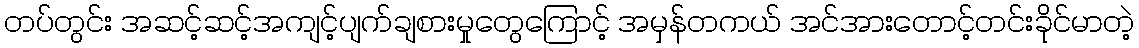
တပ်တွင်း အဆင့်ဆင့်အကျင့်ပျက်ချစားမှုတွေကြောင့် အမှန်တကယ် အင်အားတောင့်တင်းခိုင်မာတဲ့